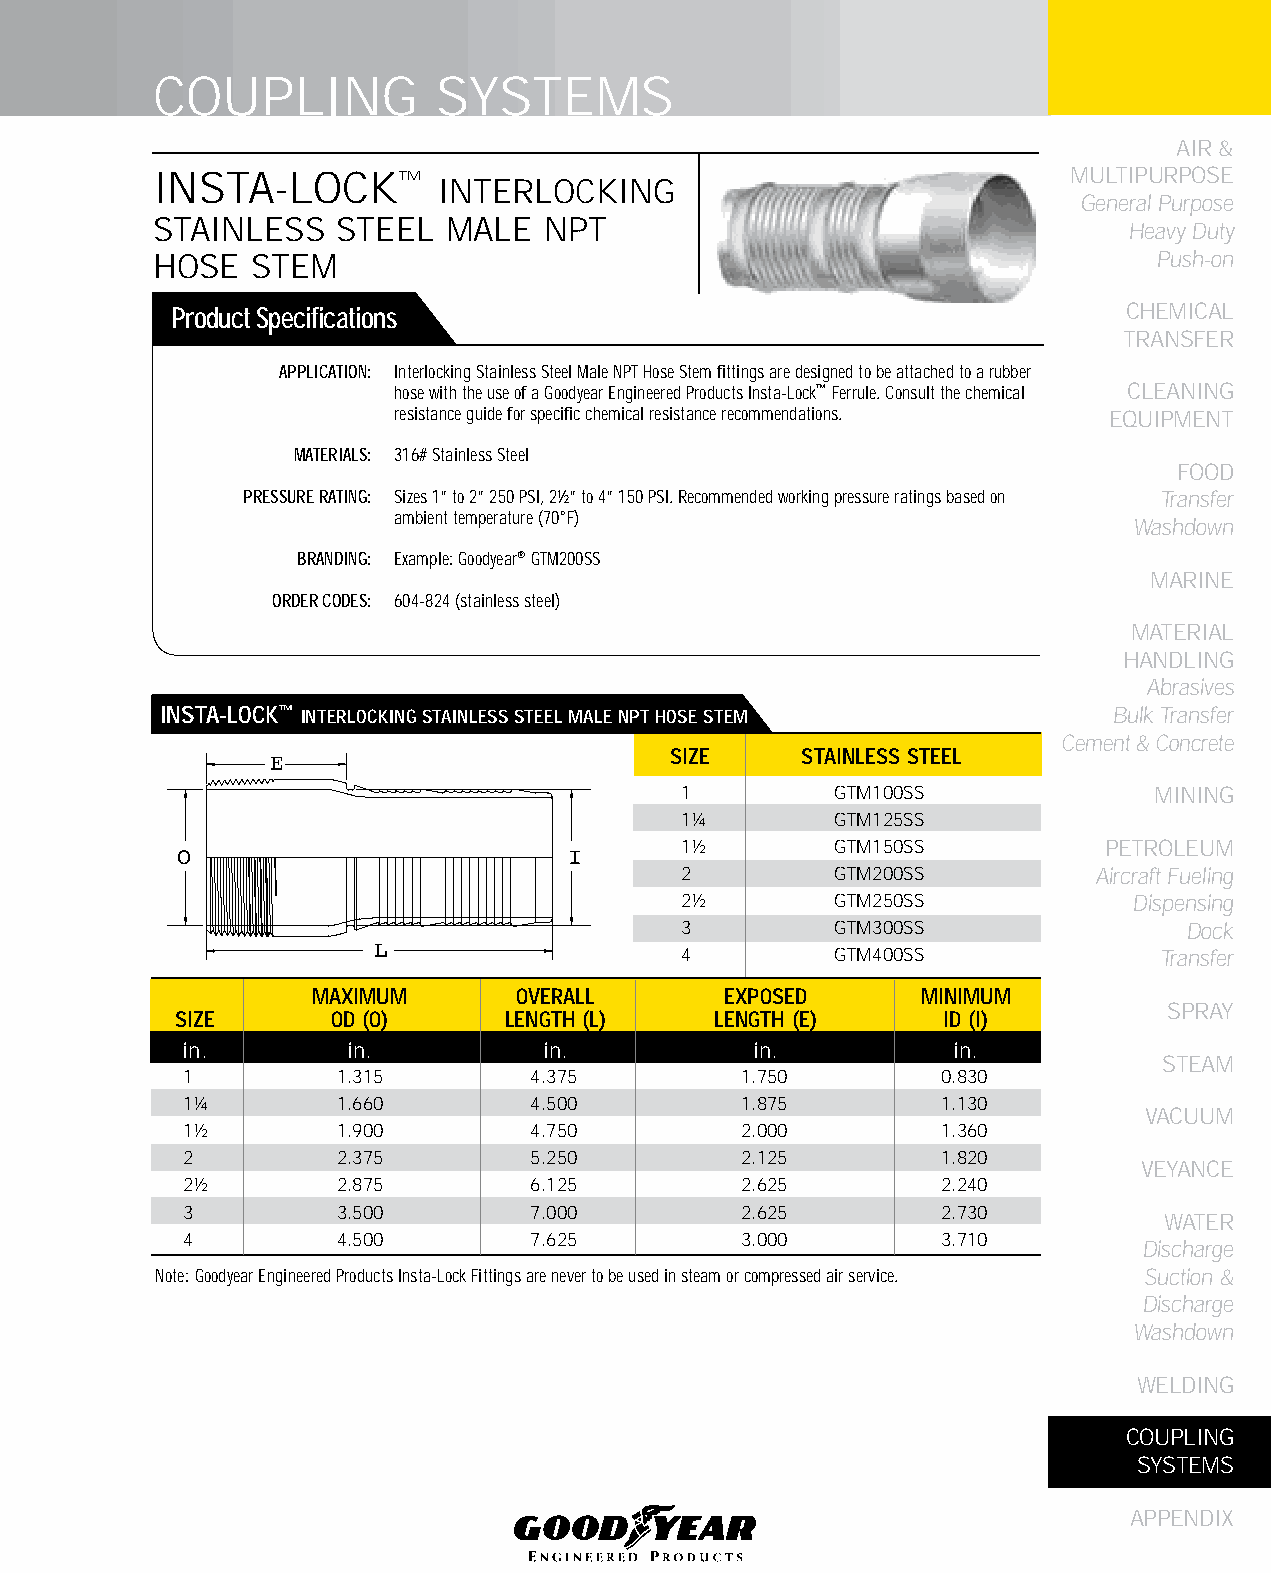
COUPLING           SYSTEMS
 AIR &
 INSTA-LOCK™                                                  MULTIPURPOSE
 INTERLOCKING
 General Purpose
 STAINLESS   STEEL   MALE  NPT                                    Heavy Duty
 HOSE   STEM                                                        Push-on
 Product Specifications                                          CHEMICAL
 TRANSFER
 APPLICATION: Interlocking Stainless Steel Male NPT Hose Stem fittings are designed to be attached to a rubber
 hose with the use of a Goodyear Engineered Products Insta-Lock™ Ferrule. Consult the chemical CLEANING
 resistance guide for specific chemical resistance recommendations. EqUIPMENT
 MATERIALS: 316# Stainless Steel
 FOOD
 PRESSURE RATING: Sizes 1” to 2” 250 PSI, 2½” to 4” 150 PSI. Recommended working pressure ratings based on Transfer
 ambient temperature (70°F)
 Washdown
 BRANDING: Example: Goodyear® GTM200SS
 MARINE
 ORDER CODES: 604-824 (stainless steel)
 MATERIAL
 HANDLING
 Abrasives
 INSTA-LOCk™ INTERLOCkING STAINLESS STEEL MALE NPT HOSE STEM    Bulk Transfer
 3/                 Cement & Concrete
 SIzE  ÿ28 STAINLESS STEEL
 E
 1         GTM100SS             MINING
 1¼        GTM125SS
 1½        GTM150SS          PETROLEUM
 O                         I
 2         GTM200SS          Aircraft Fueling
 2½        GTM250SS            Dispensing
 3         GTM300SS                Dock
 L                   4    ÿ1.82 GTM400SS             Transfer
 CJMS-8
 MAXIMUM      OVERALL       EXPOSED      MINIMUM
 3-13-02 DS
 SPRAY
 SIzE      OD (O)     LENGTH (L)    LENGTH (E)      ID (I)
 in.        in.          in.           in.          in.
 STEAM
 1         1.315        4.375         1.750        0.830
 1¼        1.660        4.500         1.875        1.130
 VACUUM
 1½        1.900        4.750         2.000        1.360
 2         2.375        5.250         2.125        1.820
 VEYANCE
 2½        2.875        6.125         2.625        2.240
 3         3.500        7.000         2.625        2.730
 WATER
 4         4.500        7.625         3.000        3.710
 Discharge
 Note: Goodyear Engineered Products Insta-Lock Fittings are never to be used in steam or compressed air service. Suction &
 Discharge
 Washdown
 WELDING
 COUPLING
 SYSTEMS
 APPENDIX
 255